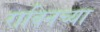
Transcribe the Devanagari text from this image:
राबिनच्या